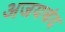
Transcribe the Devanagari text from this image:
अजयचंद